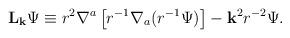
LaTeX: \begin{align*}{\bf L}_{\bf k}\Psi \equiv r^2\nabla^a\left[r^{-1}\nabla_a(r^{-1}\Psi)\right]- {\bf k}^2r^{-2}\Psi.\end{align*}